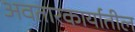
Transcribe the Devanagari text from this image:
अवतारकार्यातील